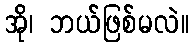
အို၊ ဘယ်ဖြစ်မလဲ။